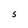
Character: s